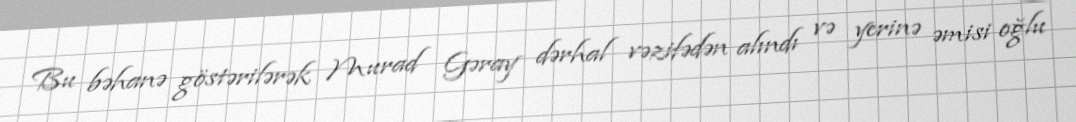
Bu bəhanə göstərilərək Murad Gəray dərhal vəzifədən alındı və yerinə əmisi oğlu